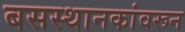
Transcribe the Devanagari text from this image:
बसस्थानकांवरून